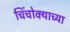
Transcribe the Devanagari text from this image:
चिंचोक्याच्या